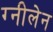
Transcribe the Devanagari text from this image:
ग्नीलेन